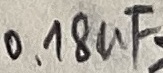
Text: 0,18µF